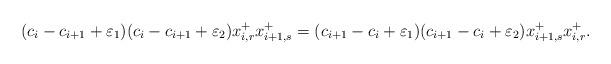
LaTeX: \begin{align*}( c_{i} - c_{i+1} + \varepsilon_1 )( c_{i} - c_{i+1} + \varepsilon_2 ) x_{i,r}^+ x_{i+1,s}^+ = ( c_{i+1} - c_{i} + \varepsilon_1 )( c_{i+1} - c_{i} + \varepsilon_2 ) x_{i+1,s}^+ x_{i,r}^+.\end{align*}